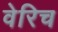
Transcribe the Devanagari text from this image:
वेरिच